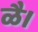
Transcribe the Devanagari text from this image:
ळै।